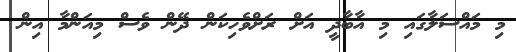
މި މައްސަލާގައި މި އާބާދީ އަށް ރަށްވެހިކަން ދޭން ވެސް މިއަންމާ އިން